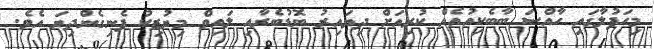
މިހަފުލާގައި ހާއްސަ ބާބެކިއުއެއް ކުރިއަށް ދިޔައިރު ބޮޑުބެރާއި ލައިވް މިޔުޒިކު ފެނިގެންދިޔަ އެވެ.